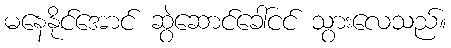
မနေနိုင်အောင် ဆွဲဆောင်ခေါ်ငင် သွားလေသည်။